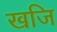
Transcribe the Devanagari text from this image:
खजि